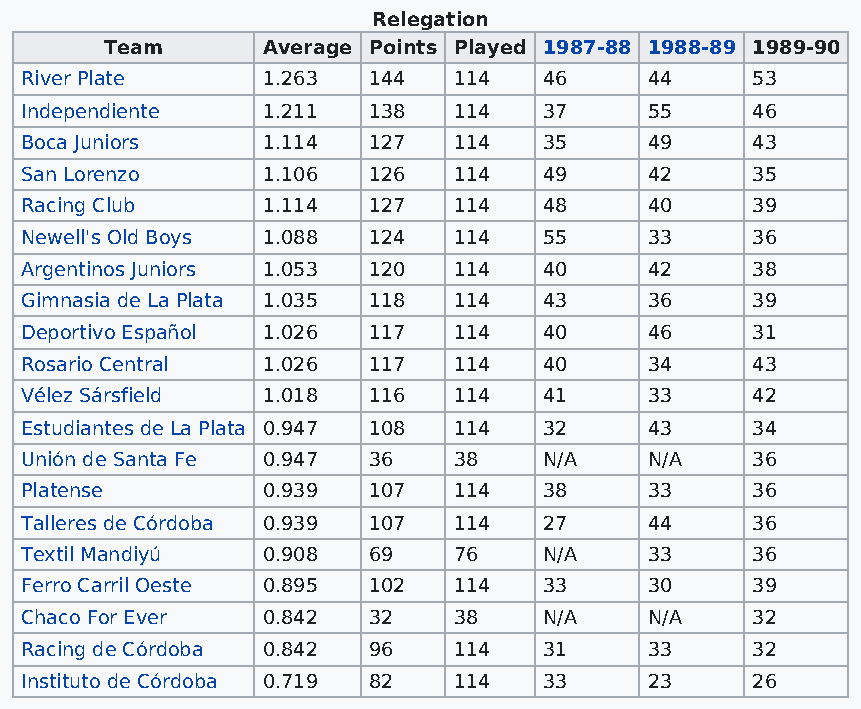
Relegation
 Team      Average Points Played 1987-88 1988-89 1989-90
 River Plate     1.263  144   114   46     44     53
 Independiente   1.211  138   114   37     55     46
 Boca Juniors    1.114  127   114   35     49     43
 San Lorenzo     1.106  126   114   49     42     35
 Racing Club     1.114  127   114   48     40     39
 Newell's Old Boys 1.088 124  114   55     33     36
 Argentinos Juniors 1.053 120 114   40     42     38
 Gimnasia de La Plata 1.035 118 114 43     36     39
 Deportivo Español 1.026 117  114   40     46     31
 Rosario Central 1.026  117   114   40     34     43
 Vélez Sársfield 1.018  116   114   41     33     42
 Estudiantes de La Plata 0.947 108 114 32  43     34
 Unión de Santa Fe 0.947 36   38    N/A    N/A    36
 Platense        0.939  107   114   38     33     36
 Talleres de Córdoba 0.939 107 114  27     44     36
 Textil Mandiyú  0.908  69    76    N/A    33     36
 Ferro Carril Oeste 0.895 102 114   33     30     39
 Chaco For Ever  0.842  32    38    N/A    N/A    32
 Racing de Córdoba 0.842 96   114   31     33     32
 Instituto de Córdoba 0.719 82 114  33     23     26